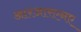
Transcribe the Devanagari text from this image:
आरआरएनए